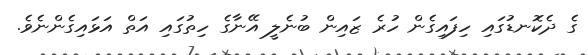
ގެ ދެކޮނޑުގައި ހިފައިގެން ހުރެ ޒައިން ބުނެލީ އޭނާގެ ހިތުގައި އަތް އަޅައިގެންނެވެ.